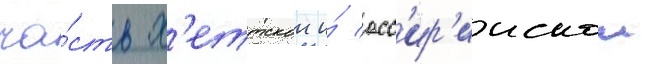
ча́сть х'еттскои и́ асс'ир'иискои